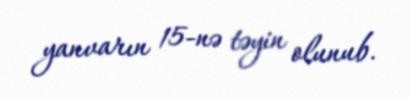
yanvarın 15-nə təyin olunub.